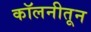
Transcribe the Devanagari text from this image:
कॉलनीतून